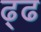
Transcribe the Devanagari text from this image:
ढ्ढ